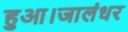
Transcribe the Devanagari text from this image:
हुआ।जालंधर